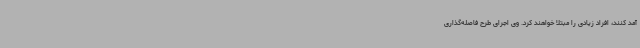
آمد کنند، افراد زیادی را مبتلا خواهند کرد. وی اجرای طرح فاصله‌گذاری